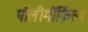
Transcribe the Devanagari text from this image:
पॉलीमॉर्फ़िस्म